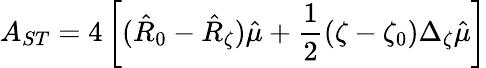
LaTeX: A_{ST}=4\left[(\hat{R}_{0}-\hat{R}_{\zeta})\hat{\mu}+\frac{1}{2}(\zeta-\zeta_{0})\Delta_{\zeta}\hat{\mu}\right]